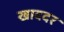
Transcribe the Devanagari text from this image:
खाददर